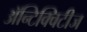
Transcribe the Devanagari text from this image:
अॅन्टिक्विटीज